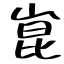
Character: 崑